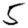
Digit: 5